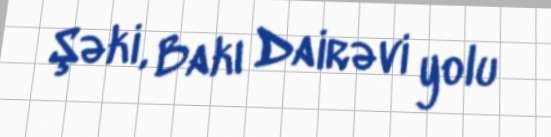
Şəki, Bakı Dairəvi yolu